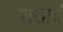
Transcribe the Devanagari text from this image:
सराहां